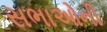
સભાઓની